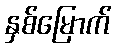
နှစ်မြောက်